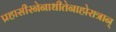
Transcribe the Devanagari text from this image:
प्रहासीरनेनाधीतेनाहोरात्रान्